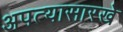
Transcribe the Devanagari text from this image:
अपत्यासारखे